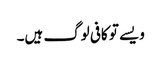
ویسے تو کافی لوگ ہیں۔